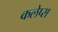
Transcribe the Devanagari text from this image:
कलेप्स